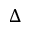
\Delta